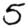
Digit: 5